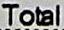
TOTAL